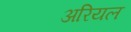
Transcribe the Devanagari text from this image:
अरियल